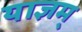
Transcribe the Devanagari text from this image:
याज्ञम्